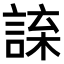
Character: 𧨯